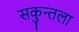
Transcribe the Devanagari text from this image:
सकुन्तला